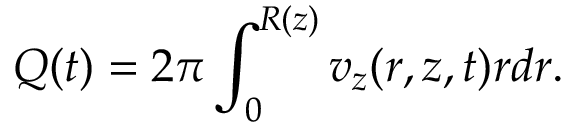
Q ( t ) = 2 \pi \int _ { 0 } ^ { R ( z ) } v _ { z } ( r , z , t ) r d r .